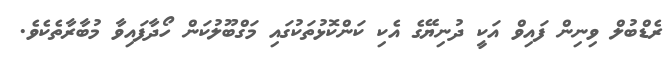
ރެޑްބުލް ވިނިން ފައިވް އަކީ ދުނިޔޭގެ އެކި ކަންކޮޅުތަކުގައި މަގްބޫލުކަން ހޯދާފައިވާ މުބާރާތެކެވެ.